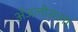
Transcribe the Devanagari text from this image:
अँजलीसला